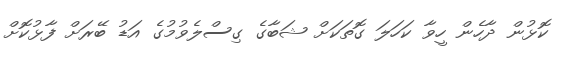
ކޮޅުން ދާހެން ހީވާ ކަހަލަ ގޮތަކަށް ޝަބާގެ ގިސްލެވުމުގެ އަޑު ބޭރަށް ފާޅުކޮށް